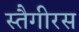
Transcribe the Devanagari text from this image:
स्तैगीरस